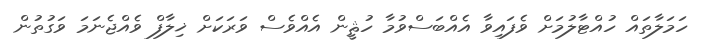
ހަމަލާތައް ހުއްޓާލުމަށް ވެފައިވާ އެއްބަސްވުމާ ހުޘީން އެއްވެސް ވަރަކަށް ޚިލާފް ވެއްޖެނަމަ ވަގުތުން